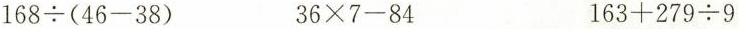
$$1 6 8 \div ( 4 6 - 3 8 )$$ $$3 6 \times 7 - 8 4$$ $$1 6 3 + 2 7 9 \div 9$$